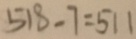
5 1 8 - 7 = 5 1 1